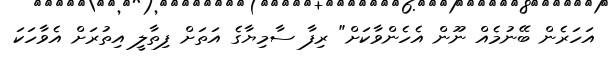
އަހަރެން ބޭނުމެއް ނޫން އެހެންވާކަށް" ރިފާ ސާމިޔާގެ އަތަށް ފިތާލީ އިތުރަށް އެވާހަކަ